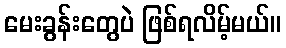
မေးခွန်းတွေပဲ ဖြစ်ရလိမ့်မယ်။